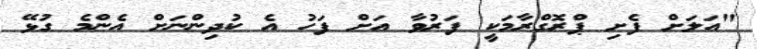
"އަލަށް ފެށި ޕްރޮގްރާމަކީ ފަރުވާ އަށް ފަހު އެ ކުދިންނަށް އެންމެ ގުޅޭ